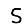
Digit: 5